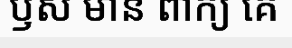
ឫស មាន ពាក្យ គេ